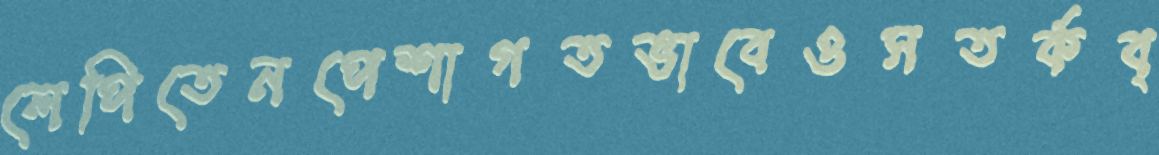
লেপিতেনপেশাগতভাবেওসতর্কব্